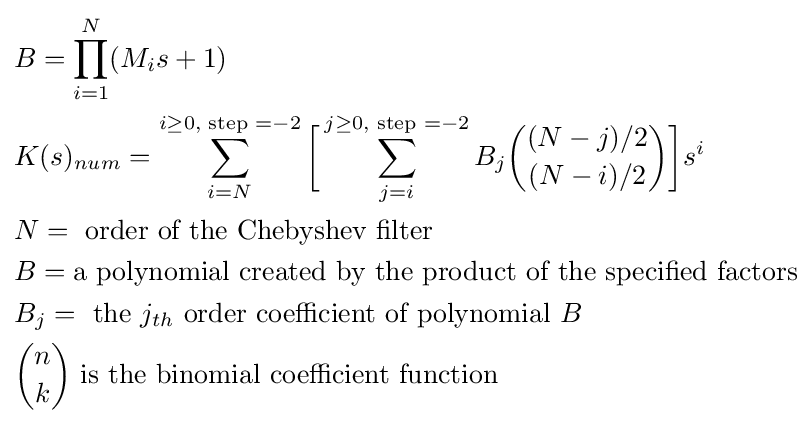
{\begin{aligned}&B=\prod _{i=1}^{N}(M_{i}s+1)\\&K(s)_{num}=\sum _{i=N}^{i\geq 0{\text{, step }}=-2}{\bigg [}\sum _{j=i}^{j\geq 0{\text{, step }}=-2}B_{j}{\binom {(N-j)/2}{(N-i)/2}}{\bigg ]}s^{i}\\&N={\text{ order of the Chebyshev filter}}\\&B={\text{a polynomial created by the product of the specified factors}}\\&B_{j}={\text{ the }}j_{th}{\text{ order coefficient of polynomial }}B\\&{\binom {n}{k}}{\text{ is the binomial coefficient function}}\\\end{aligned}}